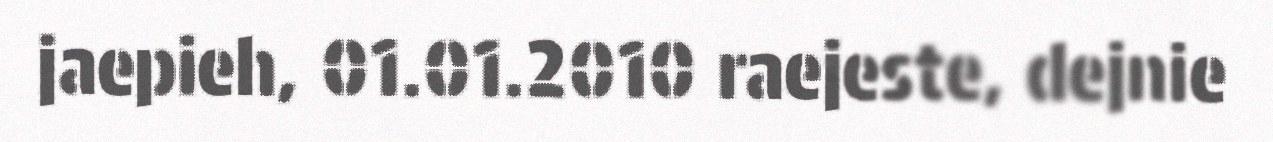
jaepieh, 01.01.2010 raejeste, dejnie